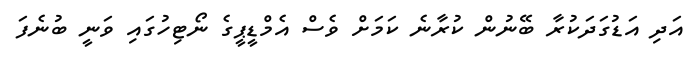
އަދި އަޑުގަދަކުރާ ބޭނުން ކުރާނެ ކަމަށް ވެސް އެމްޑީޕީގެ ނޯޓިހުގައި ވަނީ ބުނެފަ